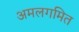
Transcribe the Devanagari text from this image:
अमलगमित